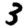
Digit: 3